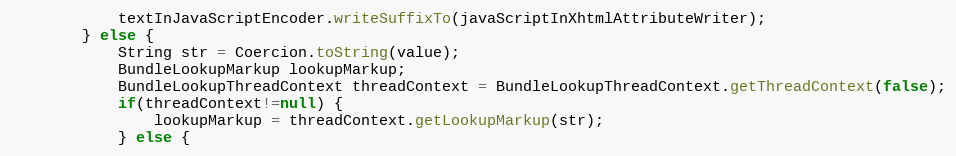
Language: Java
			textInJavaScriptEncoder.writeSuffixTo(javaScriptInXhtmlAttributeWriter);
		} else {
			String str = Coercion.toString(value);
			BundleLookupMarkup lookupMarkup;
			BundleLookupThreadContext threadContext = BundleLookupThreadContext.getThreadContext(false);
			if(threadContext!=null) {
				lookupMarkup = threadContext.getLookupMarkup(str);
			} else {